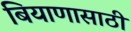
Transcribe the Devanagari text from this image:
बियाणासाठी